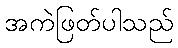
အကဲဖြတ်ပါသည်